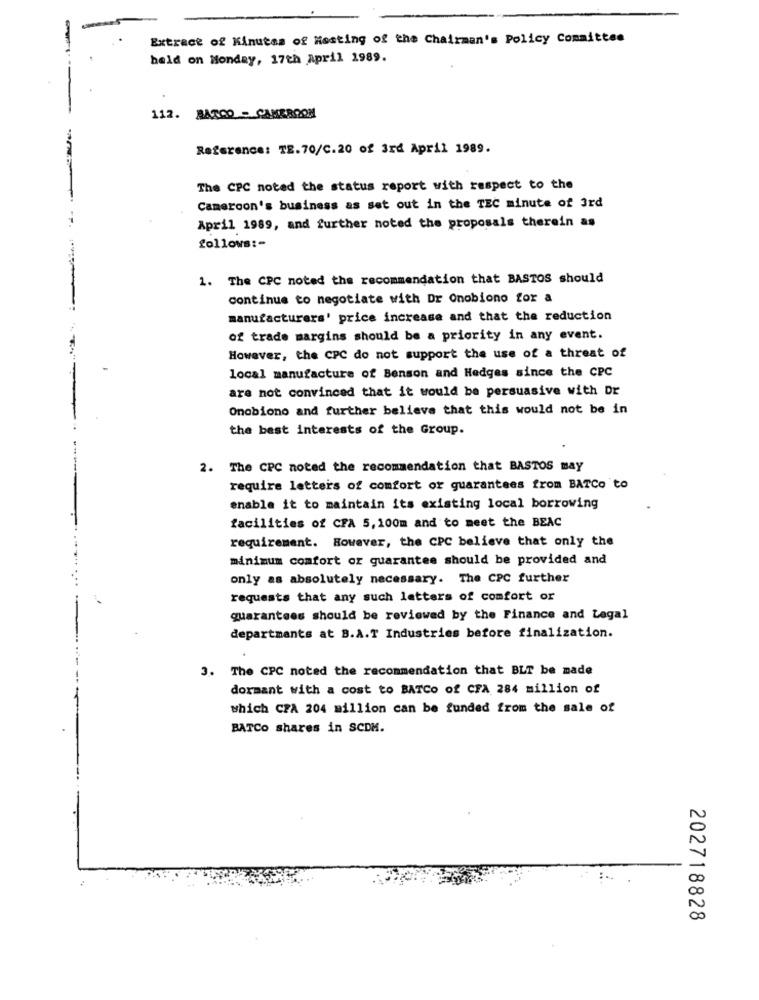
Extract of Minutes of Hosting of the Chairman's Policy Committee
held on Monday, 17th April 1989.
---
112. BATCO - CAMEROON
Reference: TE. 70/C.20 of 3rd April 1989.
The CPC noted the status report with respect to the
Cameroon's business as set out in the TEC minute of 3rd
April 1989, and further noted the proposals therein as
follows :-
1. The CPC noted the recommendation that BASTOS should
continue to negotiate with Dr Onobiono for a
manufacturers' price increase and that the reduction
of trade margins should be a priority in any event.
However, the CPC do not support the use of a threat of
local manufacture of Benson and Hedges since the CPC
are not convinced that it would be persuasive with Dr
Onobiono and further believe that this would not be in
the best interests of the Group.
2. The CPC noted the recommendation that BASTOS may
require letters of comfort or guarantees from BATCo to
enable it to maintain its existing local borrowing
facilities of CFA 5,100m and to meet the BEAC
requirement. However, the CPC believe that only the
minimum comfort or guarantee should be provided and
only as absolutely necessary. The CPC further
requests that any such letters of comfort or
guarantees should be reviewed by the Finance and Legal
departments at B.A.T Industries before finalization.
3. The CPC noted the recommendation that BLT be made
dormant with a cost to BATCo of CFA 284 million of
which CFA 204 million can be funded from the sale of
BATCO shares in SCDM.
202718828